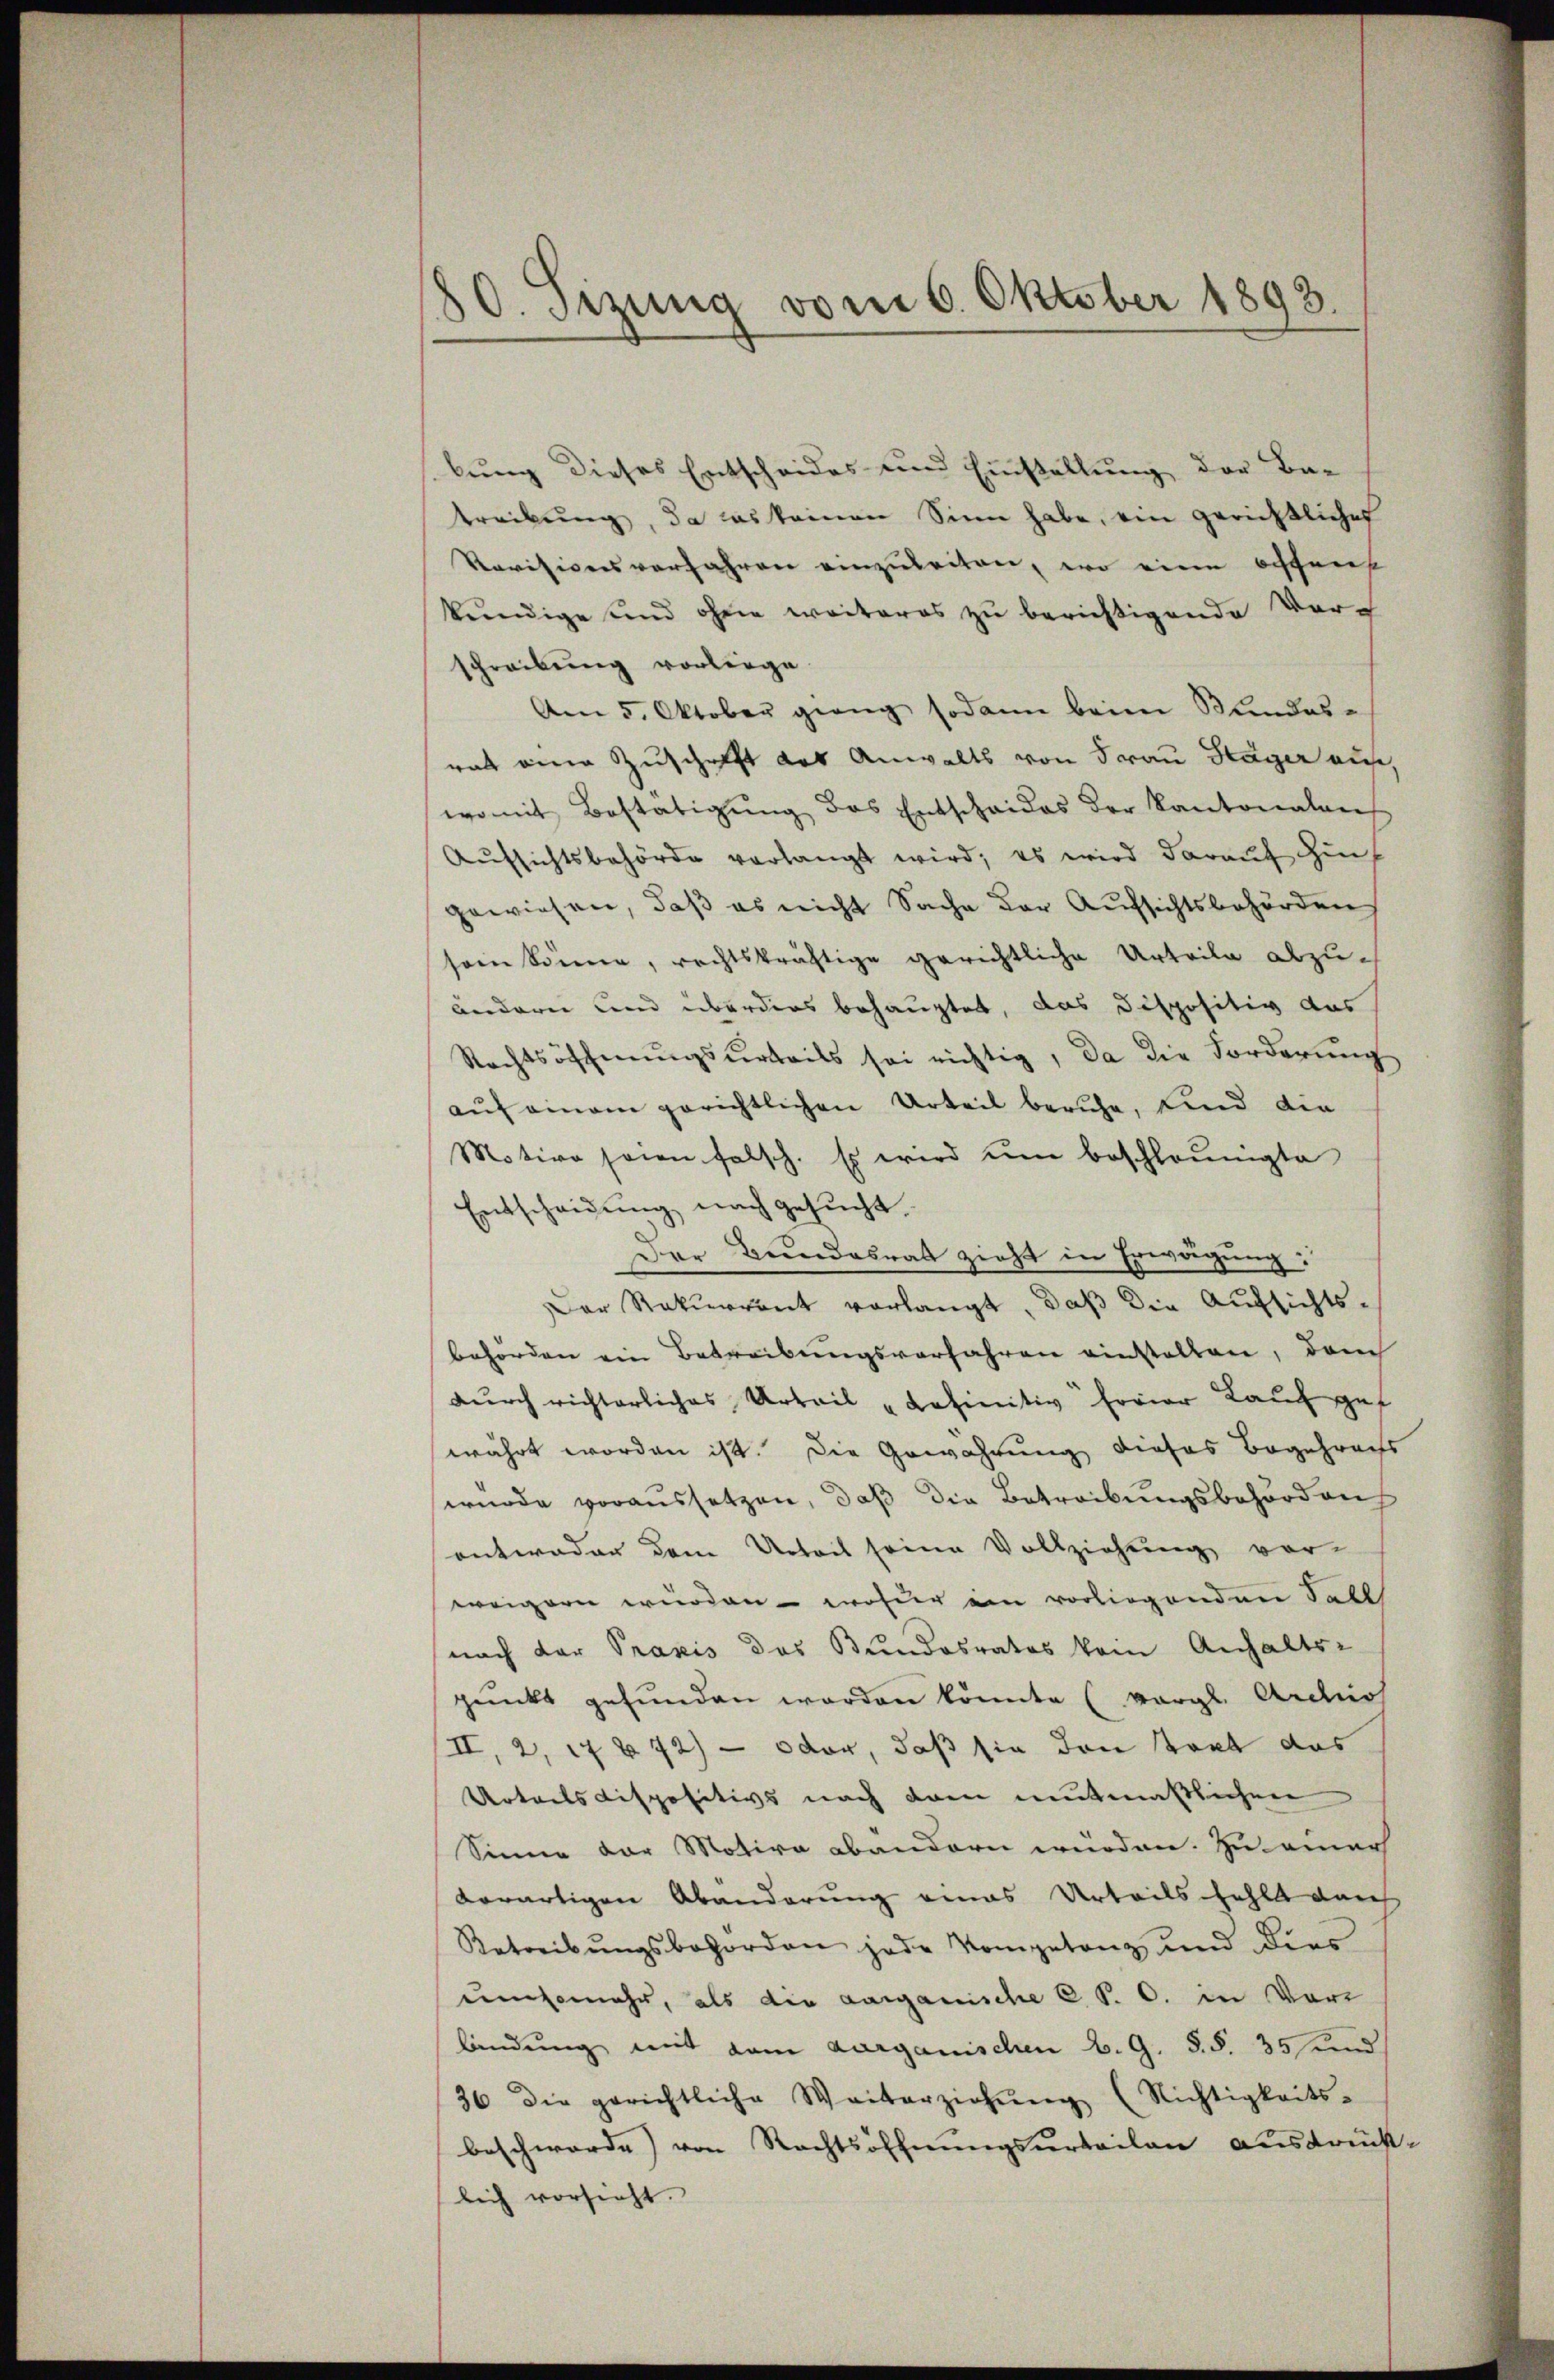
80. Setzung vom 6. Oktober 1893.

lung dieses Entscheides und Einstallung der Betreibŭng, da das keinen Sinn habe, ein gerichtliche
Revisionsverfahren einzuleiten, wo eine Offenh
kundige und ohne weiteres zu berichtigende Vorschreibung vorliege
Am 5. Oktober gieng sodann beim Bundesrat eine Zuschrift des Anwalts von Frau Hager aus
womit Bestätigung des Entschaides der Kantonalans
Aufsichtsbehörde verlangt wird; es wird darauf hingewiesen, daß es nicht Sache der Aufsichtsbehörden
sein könne, rechtskräftige gerichtliche Urteile abzuändern und überdies behauptet, das dispositiv das
Rechtsöffnungsurteils sei richtig, da die Forderung
aŭf einem gerichtlichen Urteil beruhe, Kind die
Motive seien falsch. Es wird ŭm beschleunigte
Entscheidung nach gesucht.
Der Bundesrat zieht in Erwägung:
Der Rekurrent vorlangt, daß die Aufsichtsbehörden ein Betreibungsverfahren einstellen, dem
dŭrch richterliches Urteil "Lafinitiv freier Lauf gef
währt worden ist. Die Gewahrung dieses Begehrens
wurde voraussetzen, daß die Betreibungsbehörden
antweder dem Urteil seine Vollziehung vor-
weigern wurden - wohner ein vorliegenden Fall
nach der Praxis das Bundesrates kein Anhalts-
punkt gefunden worden könnte (vergl. Arcios
II, 2, 1772) — oder, daß sie den stört das
Urteils dispositivs nach dem mutmaßlichen
Sinne der Motive abändern wurden. Zu einer
derartigen Abänderung eines Urteils fehlt durch
Betreibŭngsbohorden jede Kompetenz und dies
eunmehr, als die aarganische C. P. O. in Vor
lendung mit dem aarganischen B. G. §. §. 35 und
36 die gerichtliche Weiterziehŭng (Nichtigkeits-
beschwerde von Rechtsoffnungsurteilen ausdrücklich vorsieht.